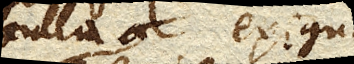
bulla exigua